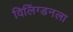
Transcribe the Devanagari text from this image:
विलिंग्डनला